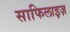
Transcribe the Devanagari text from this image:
साफिलाइज़